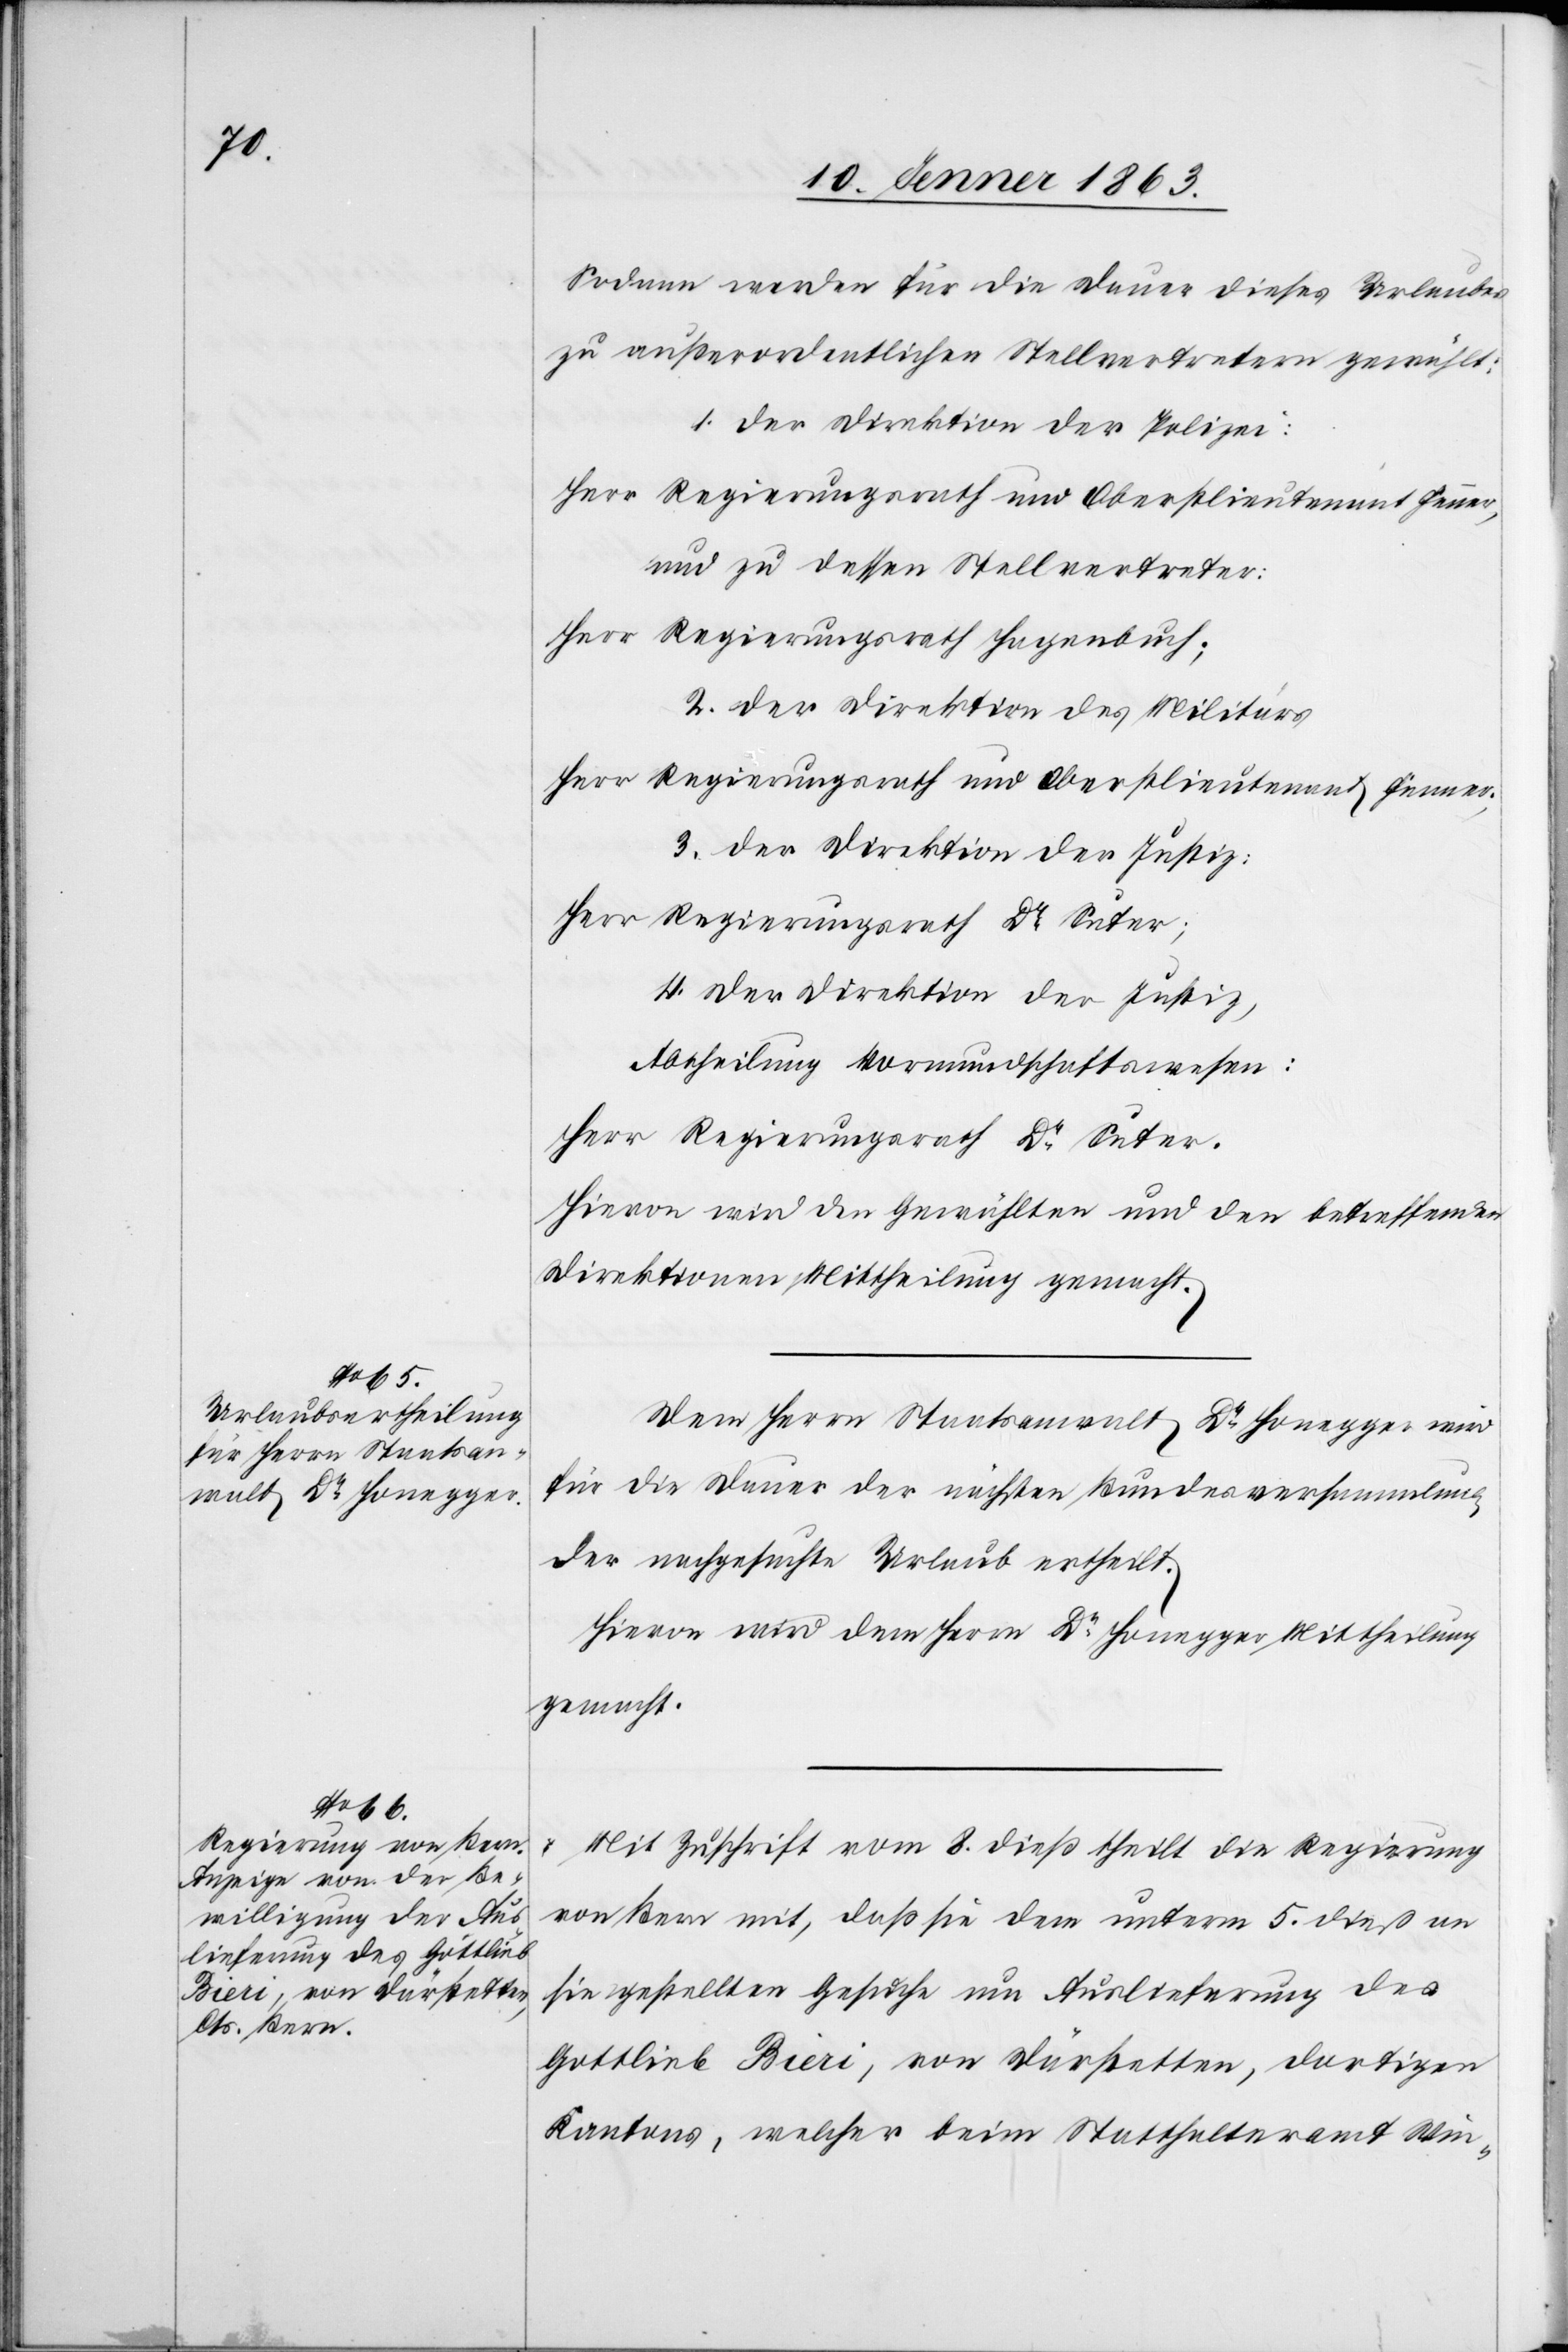
Sodann werden für die Dauer dieses Urlaubes
zu außerordentlichen Stellvertretern gewählt:
1. der Direktion der Polizei:
und zu dessen Stellvertreter:
Herr Regierungsrath Hagenbuch;
2. der Direktion des Militärs
Herr Regierungsrath und Oberstlieutenant Fenner;
3. der Direktion der Justiz:
Herr Regierungsrath Dr Suter;
4. Der Direktion der Justiz,
Abtheilung Vormundschaftswesen:
Herr Regierungsrath Dr Suter.
Hievon wird den Gewählten und den betreffenden
Direktionen Mittheilung gemacht.
Dem Herrn Staatsanwalt Dr Honegger wird
für die Dauer der nächsten Bundesversammlung
der nachgesuchte Urlaub ertheilt.
Hievon wird dem Herrn Dr Honegger Mittheilung
gemacht.
Mit Zuschrift vom 8. dieß theilt die Regierung
von Bern mit, daß sie dem unterm 5. dieß an
sie gestellten Gesuche um Auslieferung des
Gottlieb Bieri, von Därstetten, dortigen
Kantons, welcher beim Statthalteramt Win-